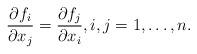
LaTeX: \begin{align*}\frac{\partial f_i}{\partial x_j} =\frac{\partial f_j}{\partial x_i},i,j = 1,\dots,n.\end{align*}